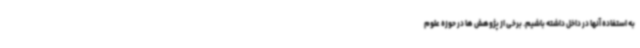
به استفاده آنها در داخل داشته باشیم. برخی از پژوهش ها در حوزه علوم